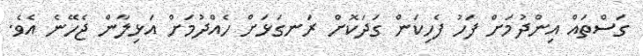
ގަސްތައް އިންދުމަށް ފަހު ފެހިކަން ގަދަކޮށް ރަނގަޅަށް ހެއްދުމަށް އަޅިލާން ޖެހޭނެ އެވެ.